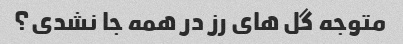
متوجه گل های رز در همه جا نشدی؟